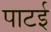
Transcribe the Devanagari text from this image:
पाटई